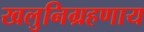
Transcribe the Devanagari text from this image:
खलुनिग्रहणाय